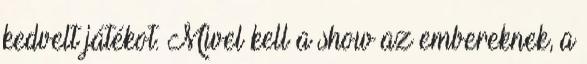
kedvelt játékot. Mivel kell a show az embereknek, a